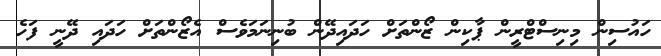
ހައުސިން މިނިސްޓްރީން ޕާކިން ޒޯންތަށް ހަދައިދޭން ބުނިނަމަވެސް އެޒޯންތަށް ހަދައި ދޭނީ ފަހެ